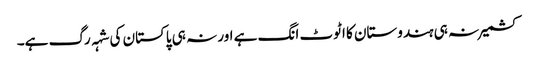
کشمیر نہ ہی ہندوستان کا اٹوٹ انگ ہے اور نہ ہی پاکستان کی شہہ رگ ہے۔